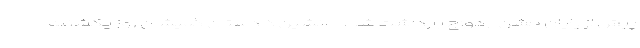
پیش از پایان جشن ازدواج بازداشت شد. جانشین دادستان گمیشان روز یکشنبه